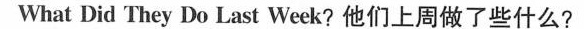
What Did They Do Last Week?他们上周做了些什么?